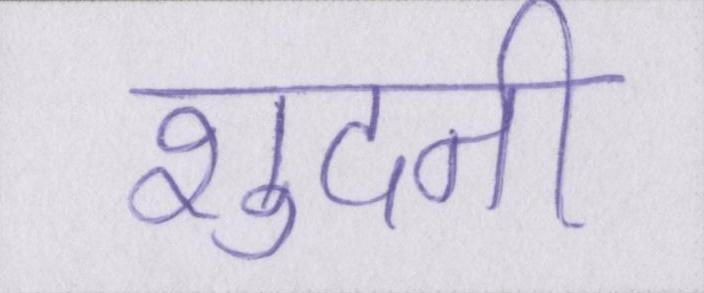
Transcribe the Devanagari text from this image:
शुदनी